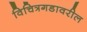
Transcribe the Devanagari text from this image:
विचित्रगडावरील